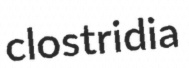
clostridia